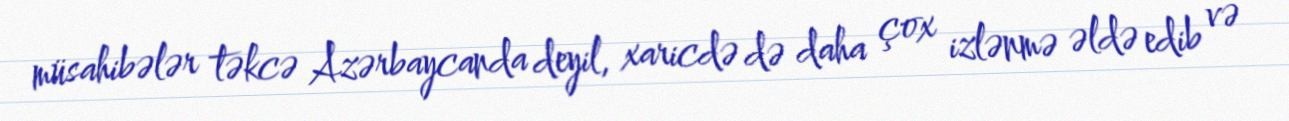
müsahibələr təkcə Azərbaycanda deyil, xaricdə də daha çox izlənmə əldə edib və